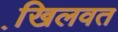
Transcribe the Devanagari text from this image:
खि़लवत